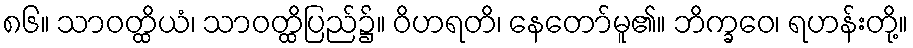
၈၆။ သာဝတ္ထိယံ၊ သာဝတ္ထိပြည်၌။ ဝိဟရတိ၊ နေတော်မူ၏။ ဘိက္ခဝေ၊ ရဟန်းတို့။